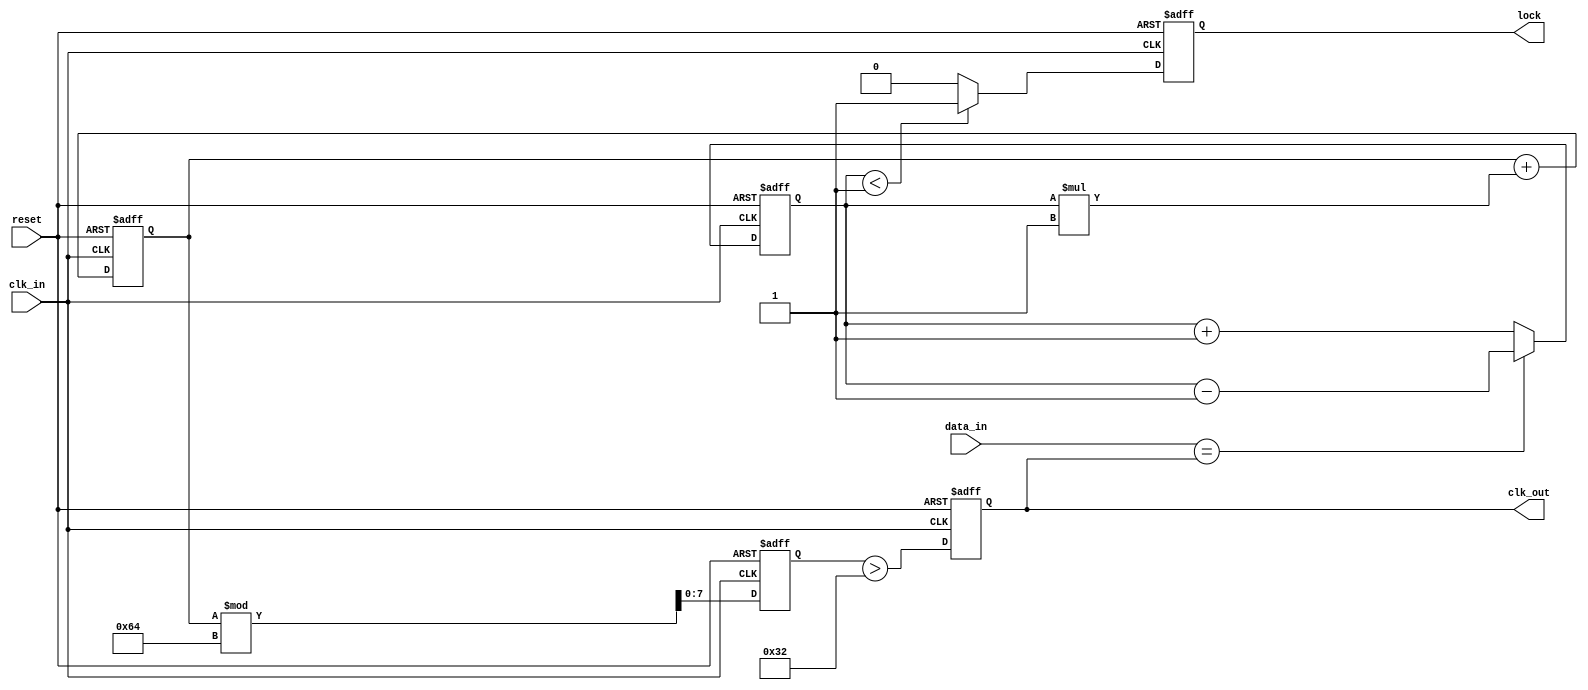
module pll (
    input  wire        data_in,        // Incoming data signal
    input  wire        clk_in,         // Input clock signal
    output wire        clk_out,        // Synchronized output clock signal
    output wire        lock,           // Lock status output
    input  wire        reset           // Reset signal
);

    // Parameters for the PLL
    parameter VCO_MAX_FREQ   = 100; // Max frequency for VCO
    parameter LOOP_FILTER_GAIN = 1;  // Loop filter gain
    parameter PHASE_ERROR_THRESH = 1; // Phase error threshold for lock detection

    // Internal signals
    reg [7:0]  phase_error;    // Phase error signal
    reg [7:0]  filtered_error; // Filtered error signal
    reg [7:0]  vco_output;      // VCO output (frequency control)
    reg        vco_clk;         // VCO clock output
    reg        lock_flag;       // Lock status flag

    // Phase Detector (PD)
    always @(posedge clk_in or posedge reset) begin
        if (reset) begin
            phase_error <= 8'b0;
        end else begin
            // Simple phase error detection (pseudo implementation)
            // Compare incoming data with VCO clock
            if (data_in == vco_clk) begin
                phase_error <= phase_error - 1; // Clock leading
            end else begin
                phase_error <= phase_error + 1; // Clock lagging
            end
        end
    end

    // Loop Filter
    always @(posedge clk_in or posedge reset) begin
        if (reset) begin
            filtered_error <= 8'b0;
        end else begin
            // Simple proportional loop filter
            filtered_error <= filtered_error + (phase_error * LOOP_FILTER_GAIN);
        end
    end

    // Voltage-Controlled Oscillator (VCO)
    always @(posedge clk_in or posedge reset) begin
        if (reset) begin
            vco_output <= 8'b0;
            vco_clk <= 1'b0;
        end else begin
            // Adjust VCO output based on filtered error
            vco_output <= filtered_error % VCO_MAX_FREQ; // Limit to max frequency
            vco_clk <= (vco_output > (VCO_MAX_FREQ / 2)); // Generate clock signal
        end
    end

    // Feedback Loop and Memory Block
    always @(posedge clk_in or posedge reset) begin
        if (reset) begin
            lock_flag <= 1'b0;
        end else begin
            // Check for lock condition
            if (phase_error < PHASE_ERROR_THRESH) begin
                lock_flag <= 1'b1; // Locked
            end else begin
                lock_flag <= 1'b0; // Not locked
            end
        end
    end

    // Output Stage
    assign clk_out = vco_clk;
    assign lock = lock_flag;

endmodule